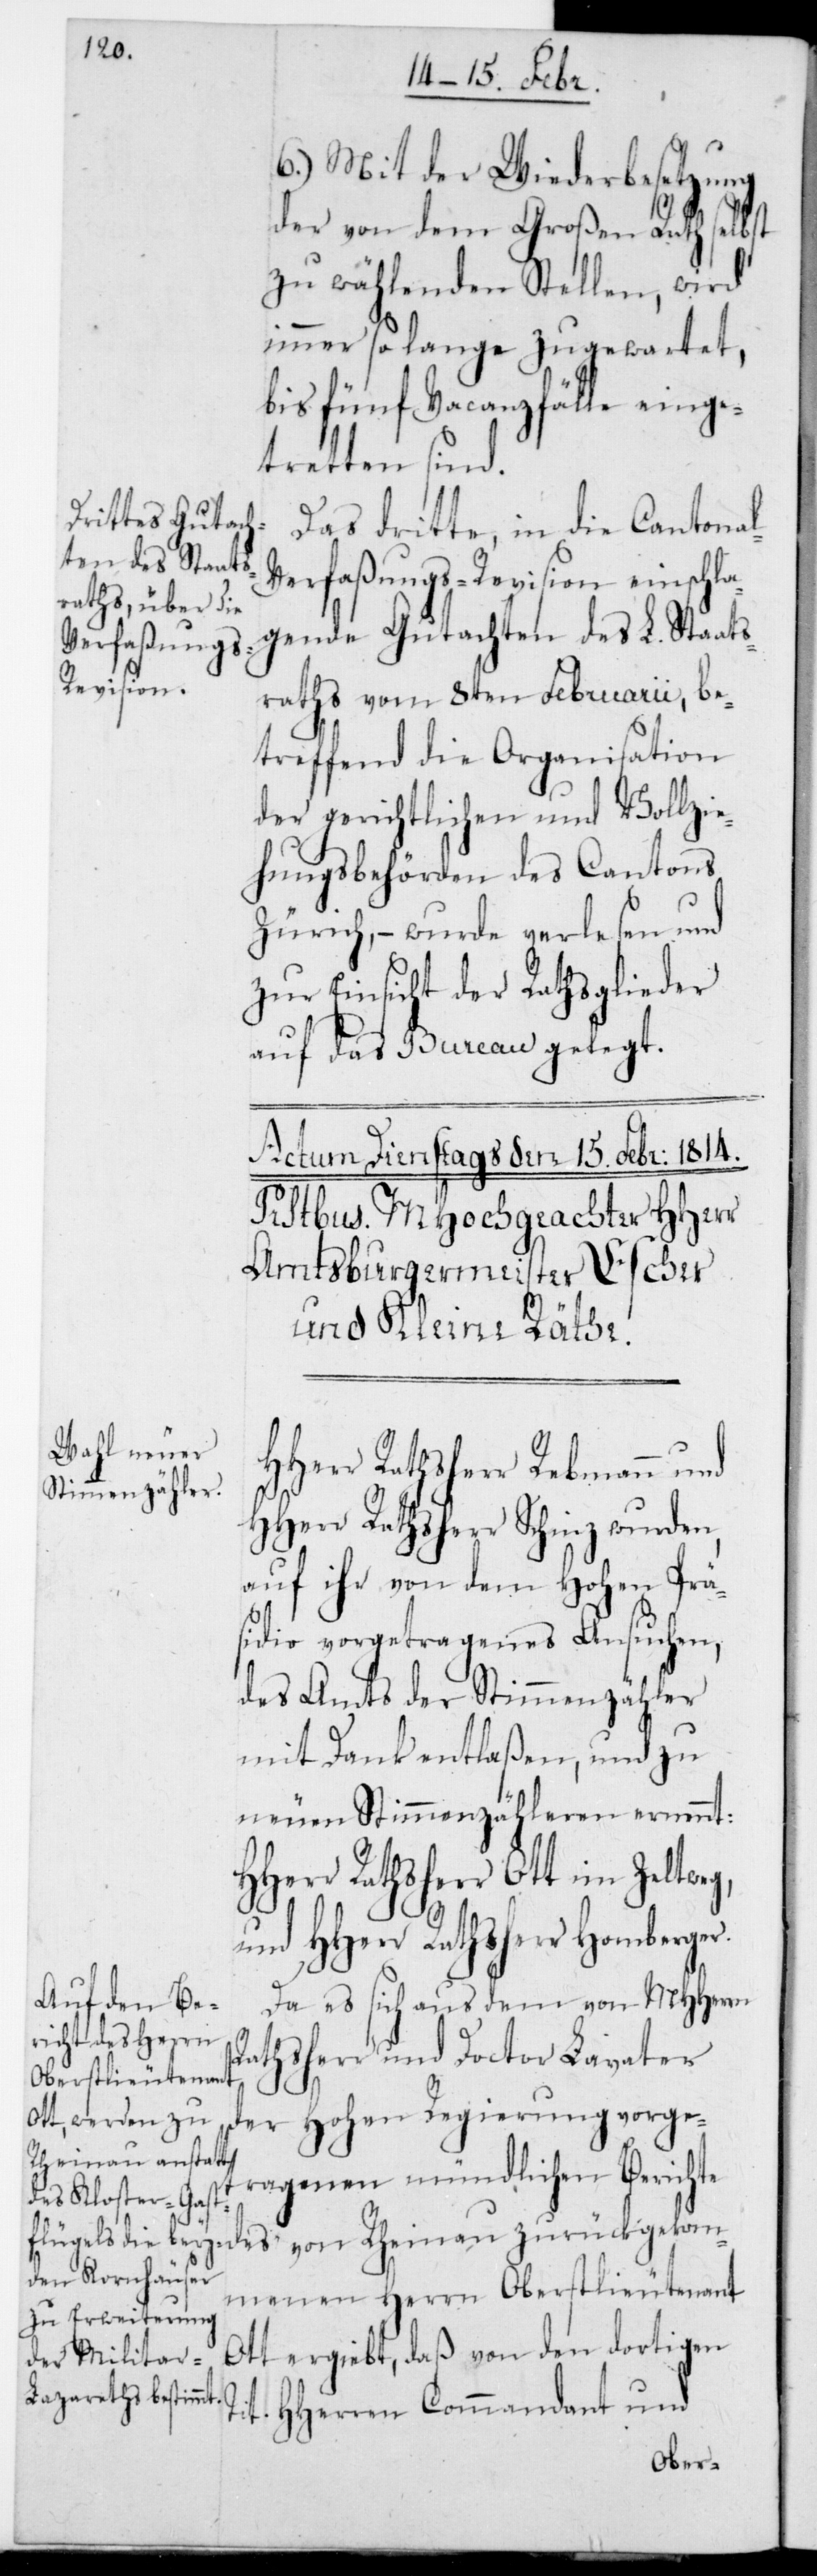
l-V¬
6.) Mit der Wiederbesetzung
der von dem Großen Rath selbst
zu wählenden Stellen, wird
immer so lange zugewartet,
bis fünf Vacanzfälle einge¬
tretten sind.
Das dritte, in die Cantona¬
erfaßungs-Revision einschla¬
gende Gutachten des L. Staats¬
raths vom 8ten Februarii, be¬
treffend die Organisation
der gerichtlichen und Vollzie¬
hungsbehörden des Cantons
Zürich, – wurde verlesen und
zur Einsicht der Rathsglieder
auf das Bureau gelegt.
HHerr Rathsherr Rebmann und
HHerr Rathsherr Schinz wurden,
auf ihr von dem Hohen Prä¬
sidio vorgetragenes Ansuchen,
des Amts der Stimmenzähler
mit Dank entlaßen, und zu
neuen Stimmenzähleren ernennt:
HHerr Rathsherr Ott im Zeltweg
und HHerr Rathsherr Homberger.
Da es sich aus dem von MHHerrn
Rathsherr und Doctor Lavater
der Hohen Regierung vorge¬
Rheinau zurückgek¬
tragenen mündlichen Berichte
ommenen Herrn Oberstlieutenant
Ott ergiebt, daß von den dortigen
HHerren Commandant und